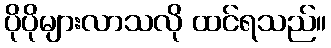
ပိုပိုများလာသလို ထင်ရသည်။